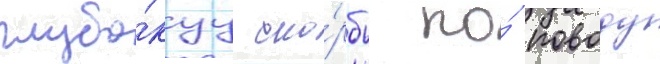
глубо́куу ско́рбь по́ поводу